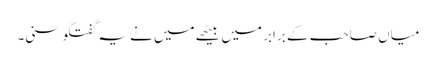
میاں صاحب کے برابر میں بیٹھے میں نے یہ گفتگو سنی۔